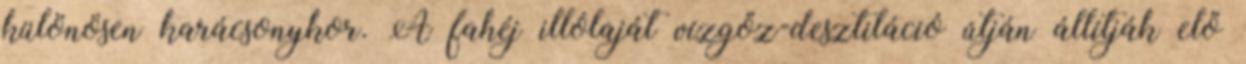
különösen karácsonykor. A fahéj illólaját vízgőz-desztiláció útján állítják elő